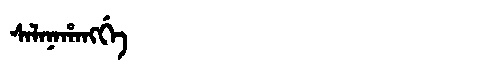
Manchu: ᠰᠠᠯᠠᠨᠠᡥᠠᠩᡤᡝ
Romanization: SALANAHANGGE